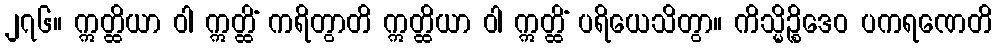
၂၇၆။ ဣတ္ထိယာ ဝါ ဣတ္ထိံ ကရိတွာတိ ဣတ္ထိယာ ဝါ ဣတ္ထိံ ပရိယေသိတွာ။ ကိသ္မိဉ္စိဒေဝ ပကရဏေတိ